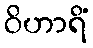
ဝိဟာရိံ